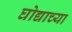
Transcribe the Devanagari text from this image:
घोद्याच्या